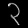
Digit: ၃